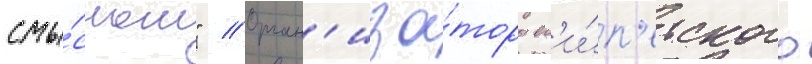
смы́слом" // Орган'иза́торы ег'и́п'етского